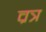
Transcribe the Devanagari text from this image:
व्रत्र